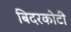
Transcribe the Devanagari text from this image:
बिदरकोटी